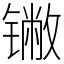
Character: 𬭯